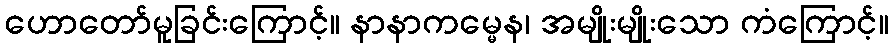
ဟောတော်မူခြင်းကြောင့်။ နာနာကမ္မေန၊ အမျိုးမျိုးသော ကံကြောင့်။